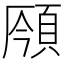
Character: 𩒣